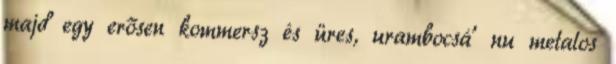
majd egy erősen kommersz és üres, urambocsá’ nu metalos